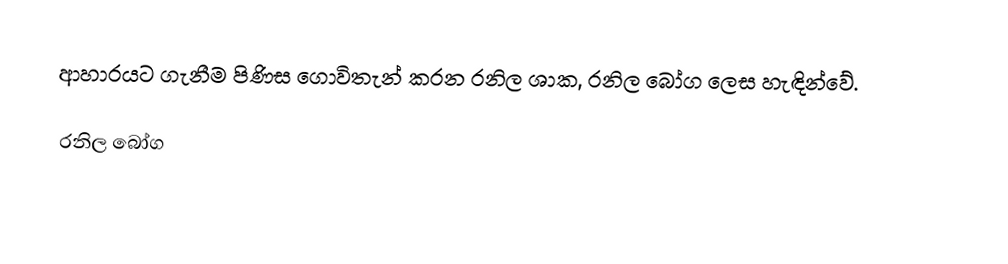
ආහාරයට ගැනීම පිණිස ගොවිතැන් කරන රනිල ශාක, රනිල බෝග ලෙස හැඳින්වේ.

රනිල බෝග